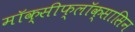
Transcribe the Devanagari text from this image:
मॉक्सीफ्लॉक्सासिन